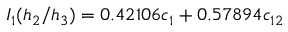
I _ { 1 } ( h _ { 2 } / h _ { 3 } ) = 0 . 4 2 1 0 6 c _ { 1 } + 0 . 5 7 8 9 4 c _ { 1 2 }